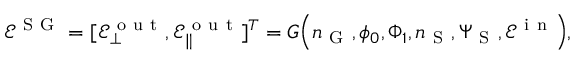
\mathcal { E } ^ { \mathrm { ~ S ~ G ~ } } = [ \mathcal { E } _ { \bot } ^ { \mathrm { ~ o ~ u ~ t ~ } } , \mathcal { E } _ { \| } ^ { \mathrm { ~ o ~ u ~ t ~ } } ] ^ { T } = G \Big ( \mathfrak { n } _ { \mathrm { ~ G ~ } } , \phi _ { 0 } , \Phi _ { 1 } , \mathfrak { n } _ { \mathrm { ~ S ~ } } , { \Psi } _ { \mathrm { ~ S ~ } } , \mathcal { E } ^ { \mathrm { ~ i ~ n ~ } } \Big ) ,